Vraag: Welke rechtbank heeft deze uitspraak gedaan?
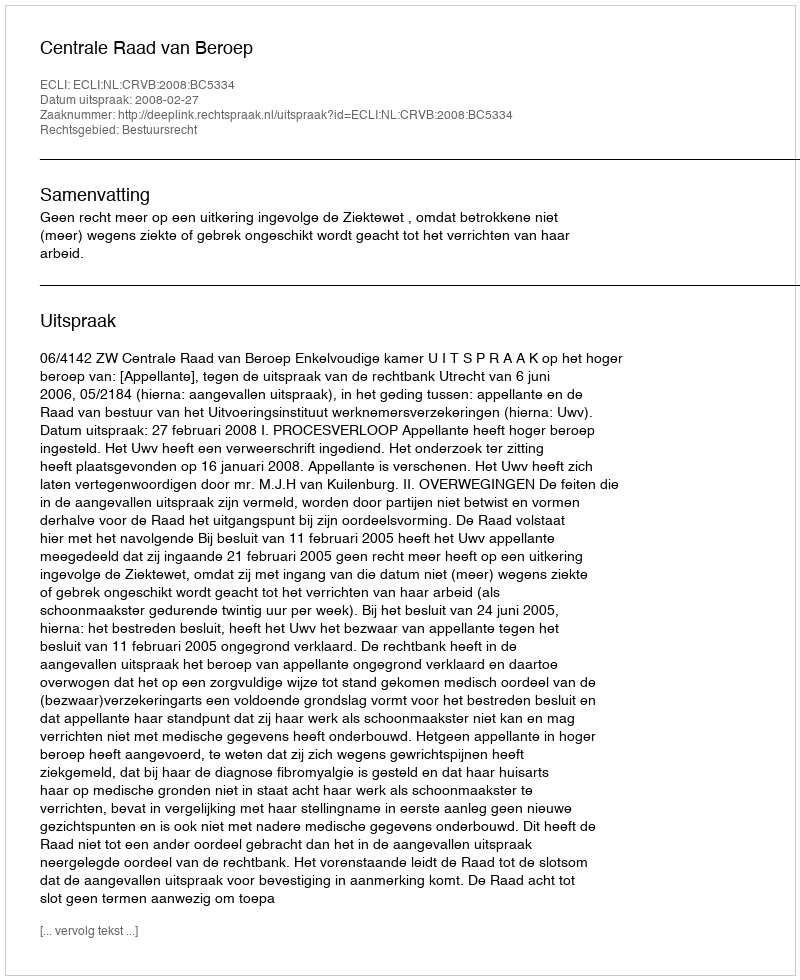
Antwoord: Centrale Raad van Beroep